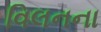
વિલનના